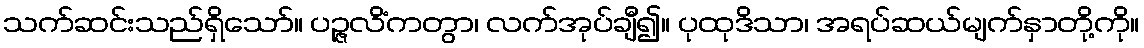
သက်ဆင်းသည်ရှိသော်။ ပဉ္ဇလိံကတွာ၊ လက်အုပ်ချီ၍။ ပုထုဒိသာ၊ အရပ်ဆယ်မျက်နှာတို့ကို။